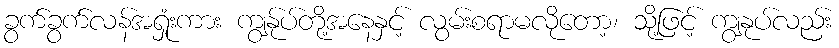
ခွက်ခွက်လန်အရှုံးကား ကျွန်ုပ်တို့အနေနှင့် လွမ်းစရာမလိုတော့၊ သို့ဖြင့် ကျွနုပ်လည်း